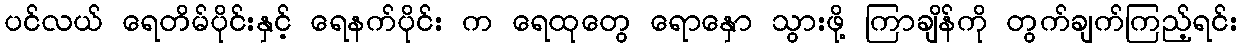
ပင်လယ် ရေတိမ်ပိုင်းနှင့် ရေနက်ပိုင်း က ရေထုတွေ ရောနှော သွားဖို့ ကြာချိန်ကို တွက်ချက်ကြည့်ရင်း